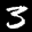
Label: 3